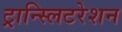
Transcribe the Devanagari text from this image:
ट्रान्स्लिटरेशन